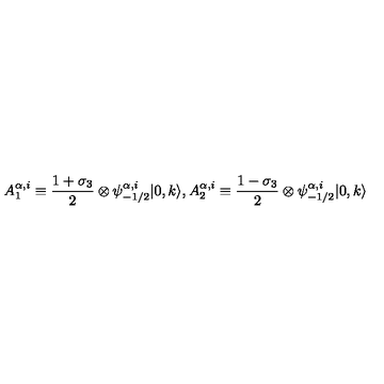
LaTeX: A _ { 1 } ^ { \alpha , i } \equiv \frac { 1 + \sigma _ { 3 } } { 2 } \otimes \psi _ { - 1 / 2 } ^ { \alpha , i } | 0 , k \rangle , A _ { 2 } ^ { \alpha , i } \equiv \frac { 1 - \sigma _ { 3 } } { 2 } \otimes \psi _ { - 1 / 2 } ^ { \alpha , i } | 0 , k \rangle